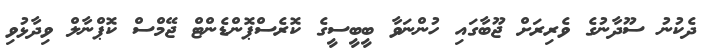
ދެކުނު ސޫދާނުގެ ވެރިރަށް ޖޫބާގައި ހުންނަވާ ބީބީސީގެ ކޮރެސްޕޮންޑެންޓް ޖޭމްސް ކޮޕްނާލް ވިދާޅުވި